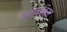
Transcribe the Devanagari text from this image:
कम्मुनिस्ट